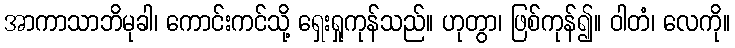
အာကာသာဘိမုခါ၊ ကောင်းကင်သို့ ရှေးရှုကုန်သည်။ ဟုတွာ၊ ဖြစ်ကုန်၍။ ဝါတံ၊ လေကို။